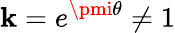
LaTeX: \mathbf{k}=e^{\pmi\theta}\neq1